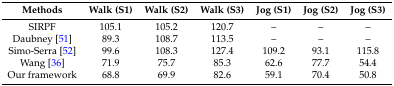
| Methods | Walk (S1) | Walk (S2) | Walk (S3) | Jog (S1) | Jog (S2) | Jog (S3) |
 | --- | --- | --- | --- | --- | --- | --- |
 | SIRPF | 105.1 | 105.2 | 120.7 | – | – | – |
 | Daubney [51] | 89.3 | 108.7 | 113.5 | – | – | – |
 | Simo-Serra [52] | 99.6 | 108.3 | 127.4 | 109.2 | 93.1 | 115.8 |
 | Wang [36] | 71.9 | 75.7 | 85.3 | 62.6 | 77.7 | 54.4 |
 | Our framework | 68.8 | 69.9 | 82.6 | 59.1 | 70.4 | 50.8 |